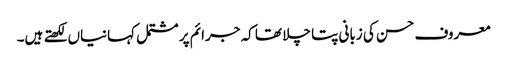
معروف حسن کی زبانی پتا چلا تھا کہ جرائم پر مشتمل کہانیاں لکھتے ہیں۔